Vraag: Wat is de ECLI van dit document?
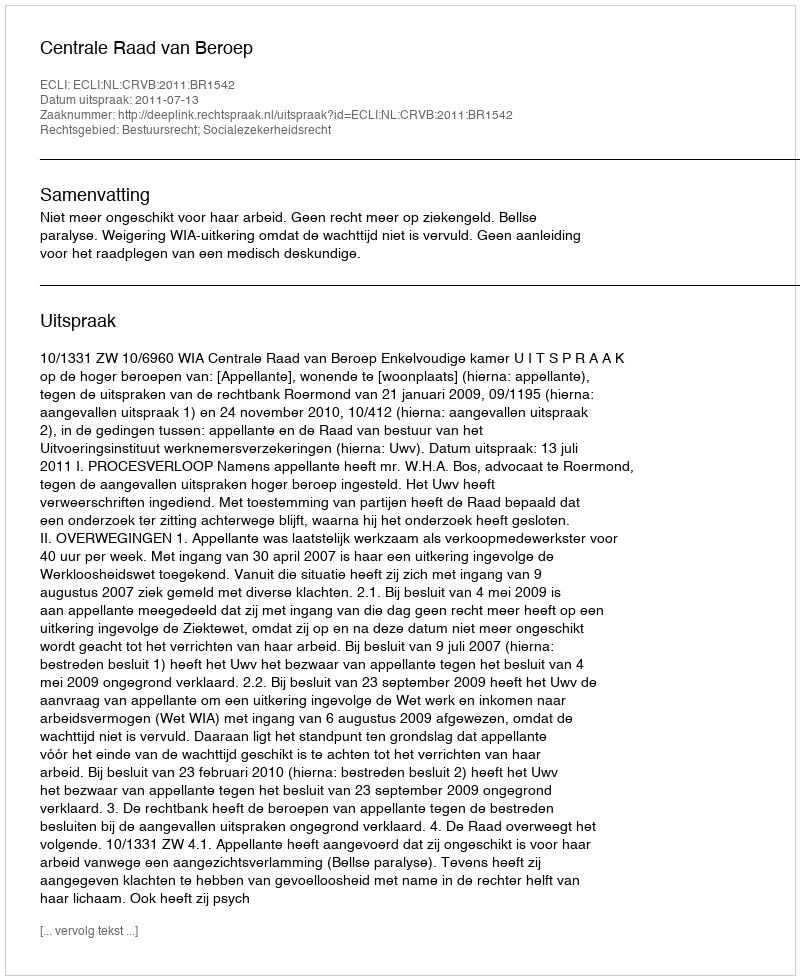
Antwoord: ECLI:NL:CRVB:2011:BR1542